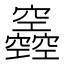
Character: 𥩌